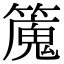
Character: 𥴯